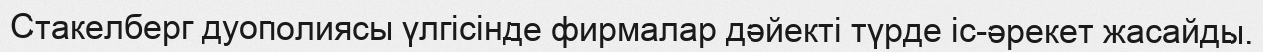
Стакелберг дуополиясы үлгісінде фирмалар дәйекті түрде іс-әрекет жасайды.